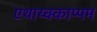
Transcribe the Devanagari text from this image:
एथाय्क्काप्पम